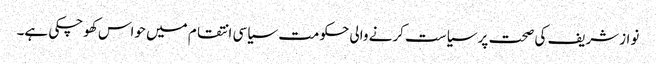
نوازشریف کی صحت پر سیاست کرنے والی حکومت سیاسی انتقام میں حواس کھوچکی ہے۔